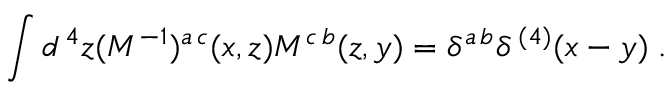
\int d ^ { \, 4 } z ( { \cal M } ^ { - 1 } ) ^ { a \, c } ( x , z ) { \cal M } ^ { c \, b } ( z , y ) = \delta ^ { a \, b } \delta ^ { \, ( 4 ) } ( x - y ) \; .